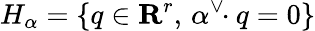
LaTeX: H_{\alpha}=\{ q\in\mathbf{R}^{r},\, \alpha^{\vee}\! \! \cdot q=0\}